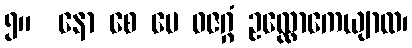
၅။  နော စေ မေ ဓဇဂ္ဂံ ဥလ္လောကေယျာထ၊